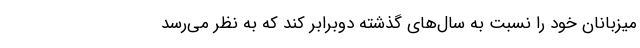
میزبانان خود را نسبت به سال‌های گذشته دوبرابر کند که به نظر می‌رسد